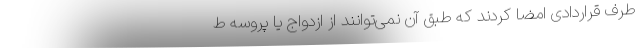
طرف قراردادی امضا کردند که طبق آن نمی‌توانند از ازدواج یا پروسه ط